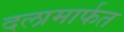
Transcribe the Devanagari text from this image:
दलामार्फत